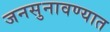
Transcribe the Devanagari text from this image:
जनसुनावण्यात